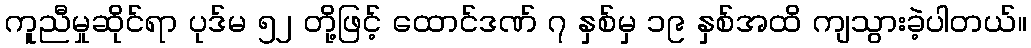
ကူညီမှုဆိုင်ရာ ပုဒ်မ ၅၂ တို့ဖြင့် ထောင်ဒဏ် ၇ နှစ်မှ ၁၉ နှစ်အထိ ကျသွားခဲ့ပါတယ်။